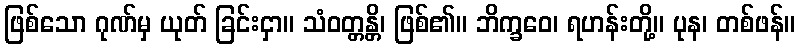
ဖြစ်သော ဂုဏ်မှ ယုတ် ခြင်းငှာ။ သံဝတ္တန္တိ၊ ဖြစ်၏။ ဘိက္ခဝေ၊ ရဟန်းတို့။ ပုန၊ တစ်ဖန်။